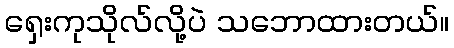
ရှေးကုသိုလ်လို့ပဲ သဘောထားတယ်။